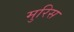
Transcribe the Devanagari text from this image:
मुरिस